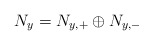
\begin{align*}N_y=N_{y,+}\oplus N_{y,-}\end{align*}